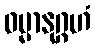
ဓမ္မာနုဂ္ဂဟံ